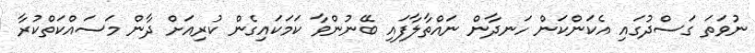
ނުވަތަ ގަސްދުގައި އެކަންކަން ހަނދާން ނައްތާލާފައި ބޭނުންވާ ކަމަކައިގެން ކުރިއަށް ދާން މަސައްކަތްކުރާ